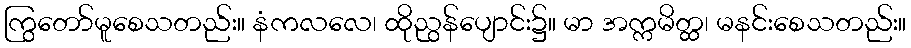
ကြွတော်မူစေသတည်း။ နံကလလေ၊ ထိုညွန်ပျောင်း၌။ မာ အက္ကမိတ္ထ၊ မနင်းစေသတည်း။